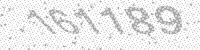
Solution: 161189